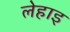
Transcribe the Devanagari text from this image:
लेहाइ